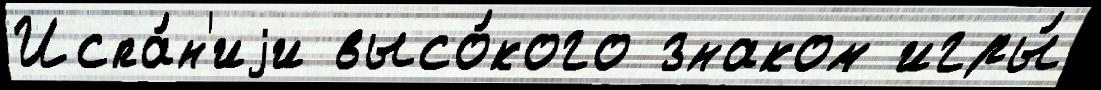
Испа́н'иjи высо́кого знаком игры́